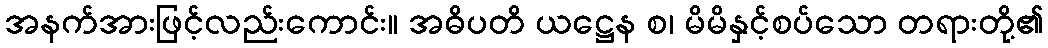
အနက်အားဖြင့်လည်းကောင်း။ အဓိပတိ ယဋ္ဌေန စ၊ မိမိနှင့်စပ်သော တရားတို့၏